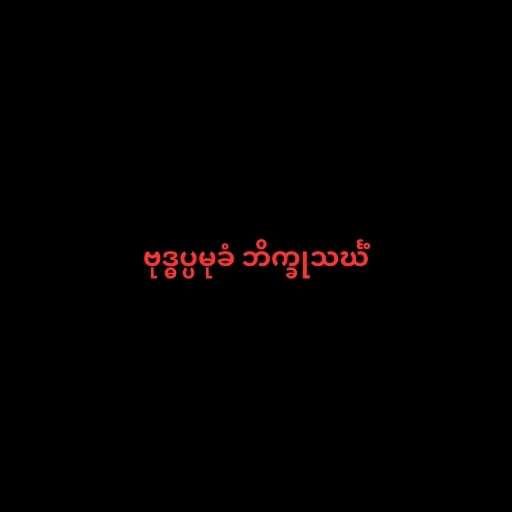
ဗုဒ္ဓပ္ပမုခံ ဘိက္ခုသင်္ဃံ